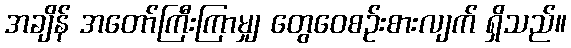
အချိန် အတော်ကြီးကြာမျှ တွေဝေစဉ်းစားလျက် ရှိသည်။